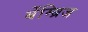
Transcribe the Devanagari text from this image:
बेंम्ब्रिज